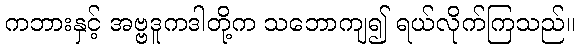
ကဘားနှင့် အဗ္ဗဒူကဒါတို့က သဘောကျ၍ ရယ်လိုက်ကြသည်။